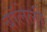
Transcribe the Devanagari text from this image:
बॉलेली